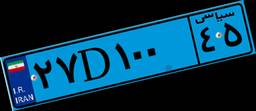
۲۷D۱۰۰۴۵